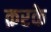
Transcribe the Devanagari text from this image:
क़रके